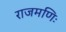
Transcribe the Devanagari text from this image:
राजमणिः